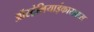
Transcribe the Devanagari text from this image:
ऑस्ट्रेलियाईकारावास